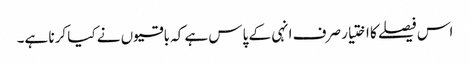
اس فیصلے کا اختیار صرف انہی کے پاس ہے کہ باقیوں نے کیا کرنا ہے۔